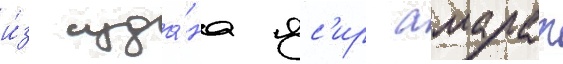
и́з суда́на яс'ир амарат